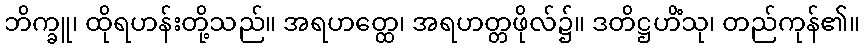
ဘိက္ခူ၊ ထိုရဟန်းတို့သည်။ အရဟတ္ထေ၊ အရဟတ္တဖိုလ်၌။ ဒတိဋ္ဌဟိံသု၊ တည်ကုန်၏။